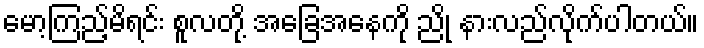
မော့ကြည့်မိရင်း စူလတို့ အခြေအနေကို ညို နားလည်လိုက်ပါတယ်။